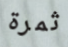
ثمرة